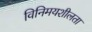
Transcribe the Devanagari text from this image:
विनिमयशीलता